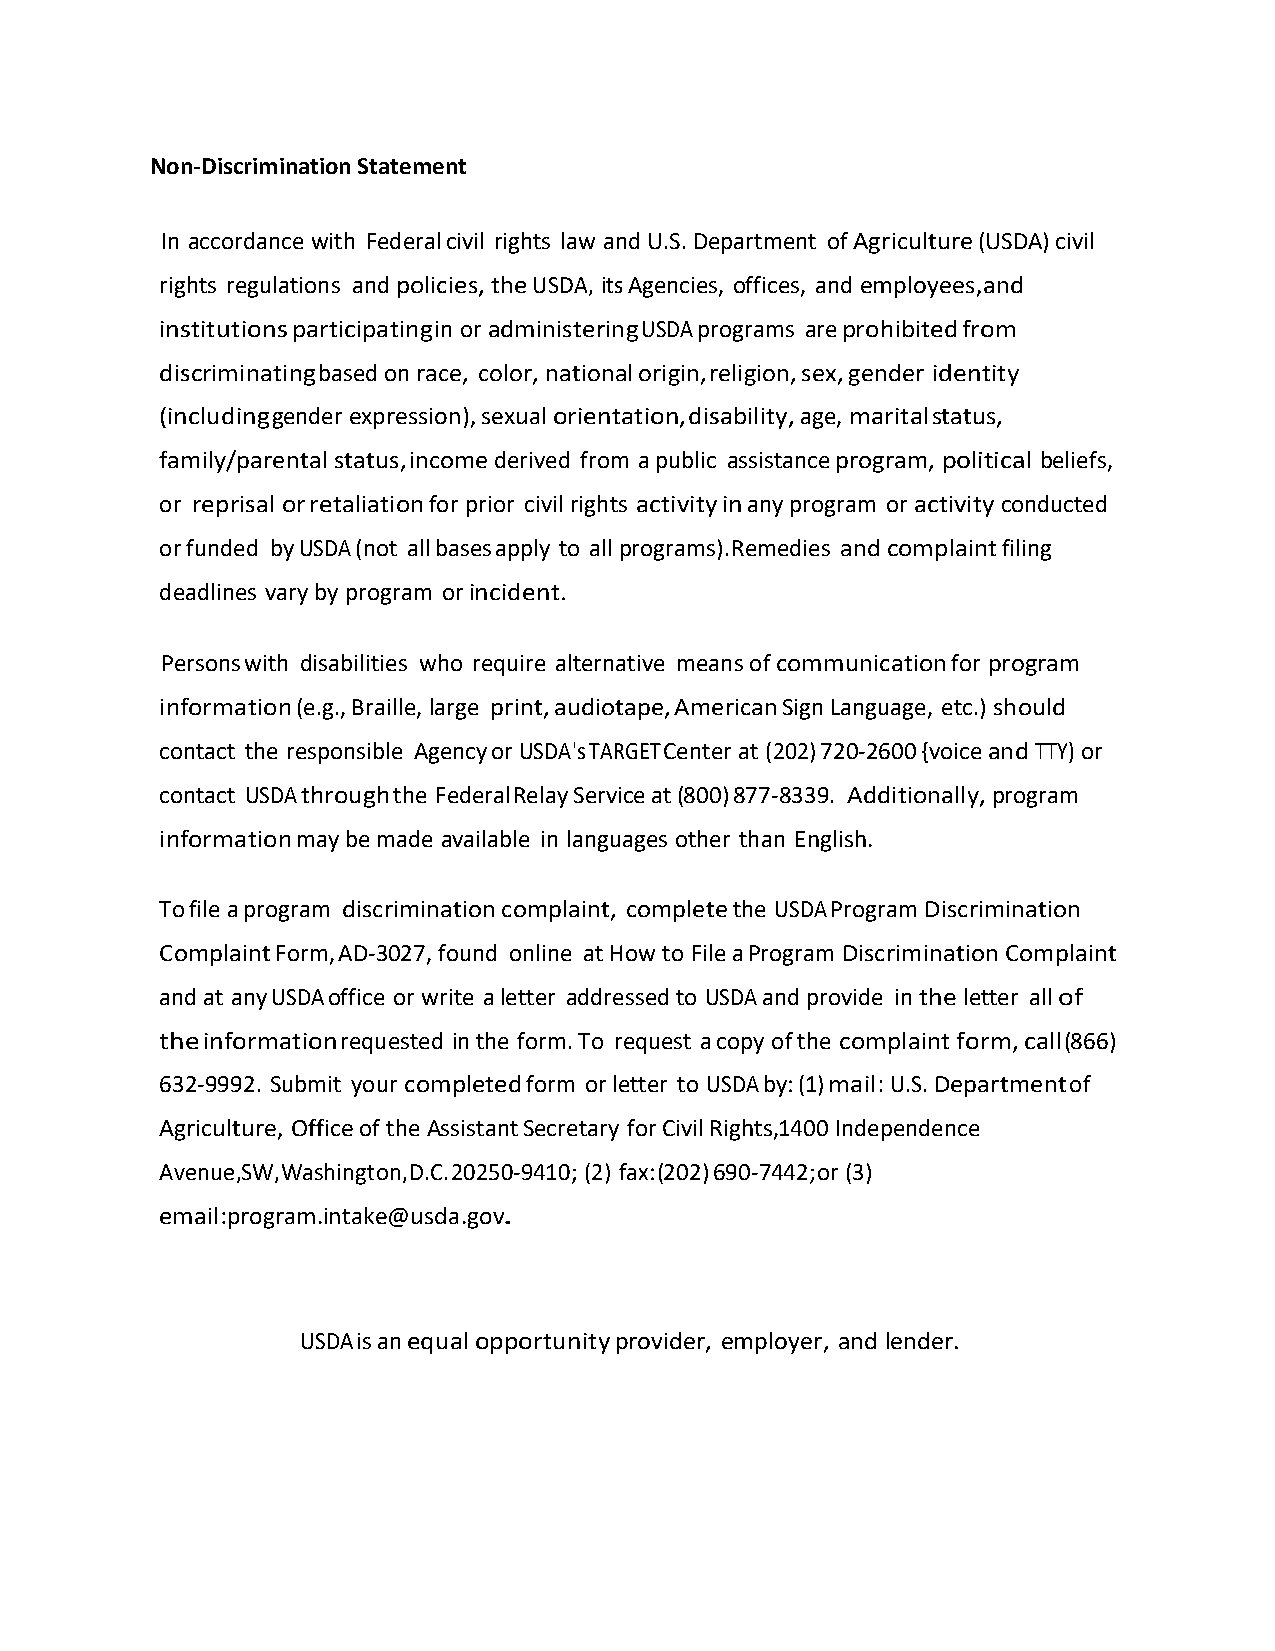
Non-Discrimination Statement
 In accordance with Federal civil rights law and U.S. Department of Agriculture (USDA) civil
 rights regulations and policies, the USDA, its Agencies, offices, and employees, and
 institutions participating in or administering USDA programs are prohibited from
 discriminating based on race, color, national origin, religion, sex, gender identity
 (including gender expression), sexual orientation, disability, age, marital status,
 family/parental status, income derived from a public assistance program, political beliefs,
 or reprisal or retaliation for prior civil rights activity in any program or activity conducted
 or funded by USDA (not all bases apply to all programs).Remedies and complaint filing
 deadlines vary by program or incident.
 Persons with disabilities who require alternative means of communication for program
 information (e.g., Braille, large print, audiotape, American Sign Language, etc.) should
 contact the responsible Agency or USDA's TARGET Center at (202) 720-2600 {voice and TTY) or
 contact USDA through the Federal Relay Service at (800) 877-8339. Additionally, program
 information may be made available in languages other than English.
 To file a program discrimination complaint, complete the USDA Program Discrimination
 Complaint Form, AD-3027, found online at How to File a Program Discrimination Complaint
 and at any USDA office or write a letter addressed to USDA and provide in the letter all of
 the information requested in the form. To request a copy of the complaint form, call (866)
 632-9992. Submit your completed form or letter to USDA by: (1) mail: U.S. Department of
 Agriculture, Office of the Assistant Secretary for Civil Rights,1400 Independence
 Avenue,SW,Washington,D.C.20250-9410; (2) fax: (202) 690-7442;or (3)
 email:program.intake@usda.gov.
 USDA is an equal opportunity provider, employer, and lender.